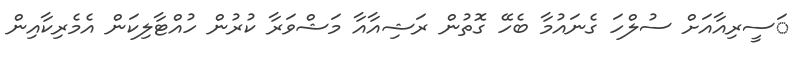
ަސީރިއާއަށް ސުލްހަ ގެނައުމާ ބެހޭ ގޮތުން ރަޝިއާއާ މަޝްވަރާ ކުރުން ހުއްޓާލިކަން އެމެރިކާއިން